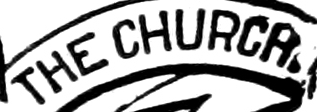
THE CHURCA